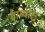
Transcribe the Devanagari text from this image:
ग्राम्याश्च